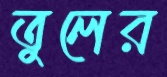
তুলের